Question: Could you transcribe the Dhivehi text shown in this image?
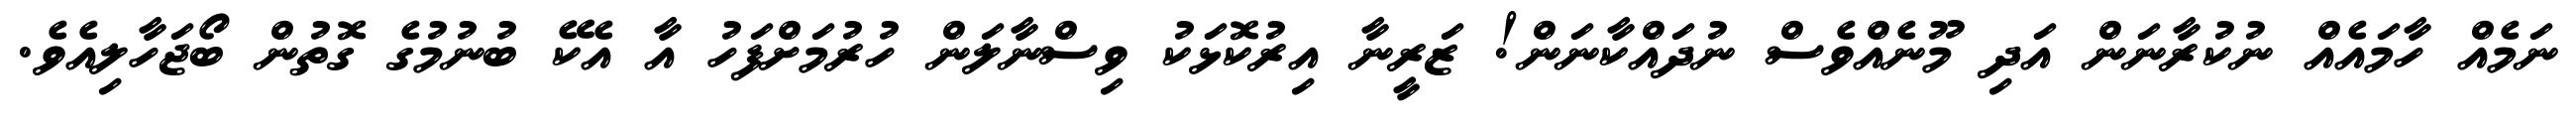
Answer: ނަމެއް ހާމައެއް ނުކުރާނަން އަދި މޫނެއްވެސް ނުދައްކާނަން! ޒަރީނާ އިރުކޮޅަކު ވިސްނާލަން ހުރުމަށްފަހު އާ އެކޭ ބުނުމުގެ ގޮތުން ބޯޖަހާލިއެވެ.